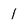
Character: 1